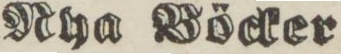
Nha Böcker